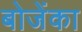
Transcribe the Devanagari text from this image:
बोजेंका